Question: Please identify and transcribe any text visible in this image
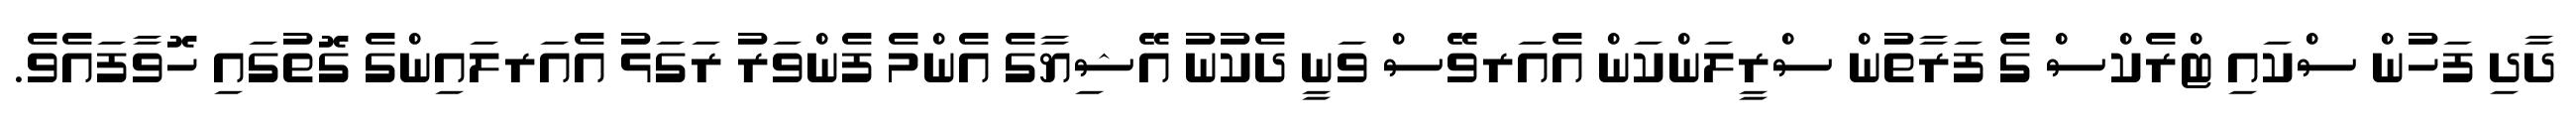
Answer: ދާދި ފަހުން ސްކައި ޓްރެކްސް ގެ ފަރާތުން ސްރީލަންކަން އެއަރވޭސް ވަނީ ދެކުނު އޭޝިޔާގެ އެންމެ ފެންވަރު ރަގަޅު އެއަރލައިންގެ ގޮތުގައި ހޮވާފައެވެ.